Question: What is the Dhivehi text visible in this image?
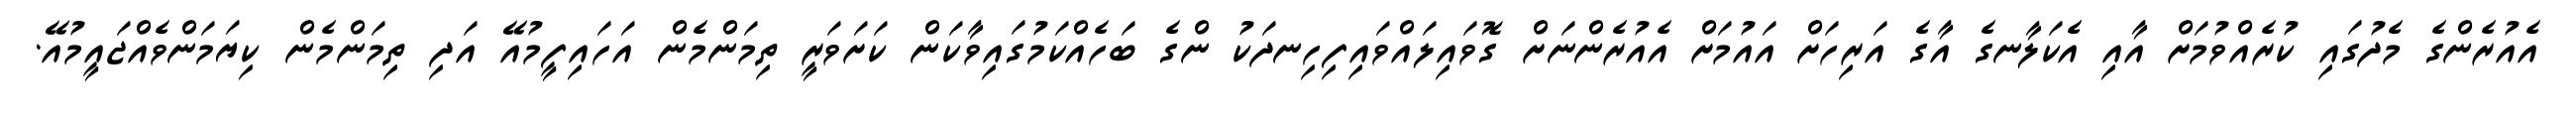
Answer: އެއުރެންގެ މެދުގައި ކުރެއްވުމަށް އާއި އެކަލާނގެ އާގެ އަރިހަށް އައުމަށް އެއުރެންނަށް ގޮވައިލައްވައިފިހިނދަކު ންގެ ބަހެއްކަމުގައިވާކަން ކަށަވަރީ ތިމަންމެން އަހައިފީމުއޭ އަދި ތިމަންމެން ކިޔަމަންވެއްޖައީމުއޭ.